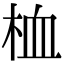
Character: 桖